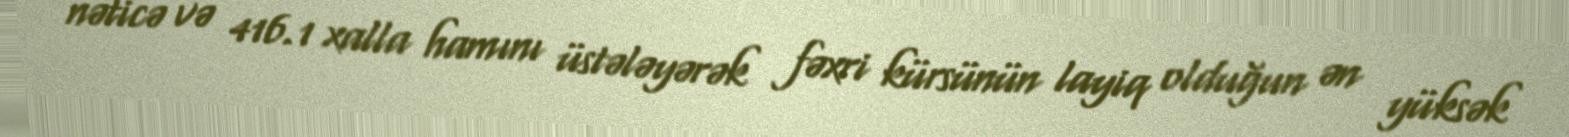
nəticə və 416.1 xalla hamını üstələyərək fəxri kürsünün layiq olduğun ən yüksək